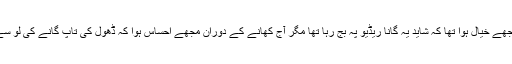
کل جب میں نے گانے اور موسیقی کی یہ آواز سنی تھی تو مجھے خیال ہوا تھا کہ شاید یہ گانا ریڈیو پہ بج رہا تھا مگر آج کھانے کے دوران مجھے احساس ہوا کہ ڈھول کی تاپ گانے کی لو سے بلند تر ہے اور یہ ساز یہیں ریستوراں میں بجایا جا رہا ہے۔